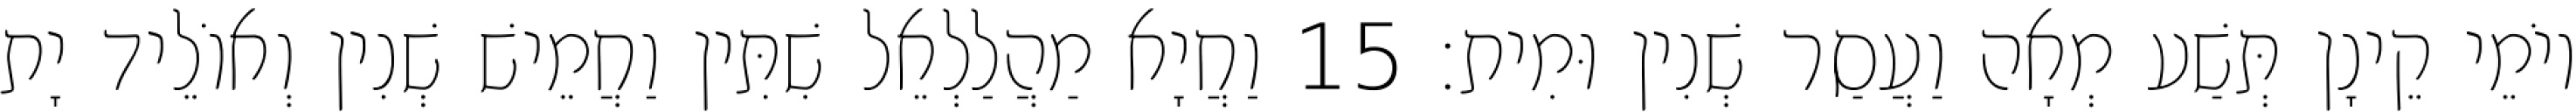
יוֹמֵי קֵינָן תְּשַׁע מְאָה וַעֲסַר שְׁנִין וּמִית׃ 15 וַחֲיָא מַהֲלַלְאֵל שִׁתִּין וַחֲמֵישׁ שְׁנִין וְאוֹלֵיד יָת